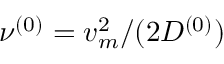
\nu ^ { ( 0 ) } = v _ { m } ^ { 2 } / ( 2 D ^ { ( 0 ) } )